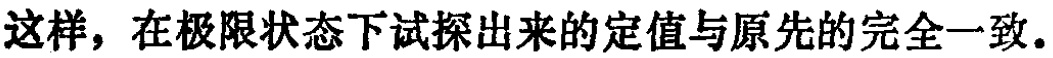
这样，在极限状态下试探出来的定值与原先的完全一致.